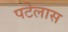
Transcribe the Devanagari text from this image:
पटेलास